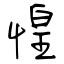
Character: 惶